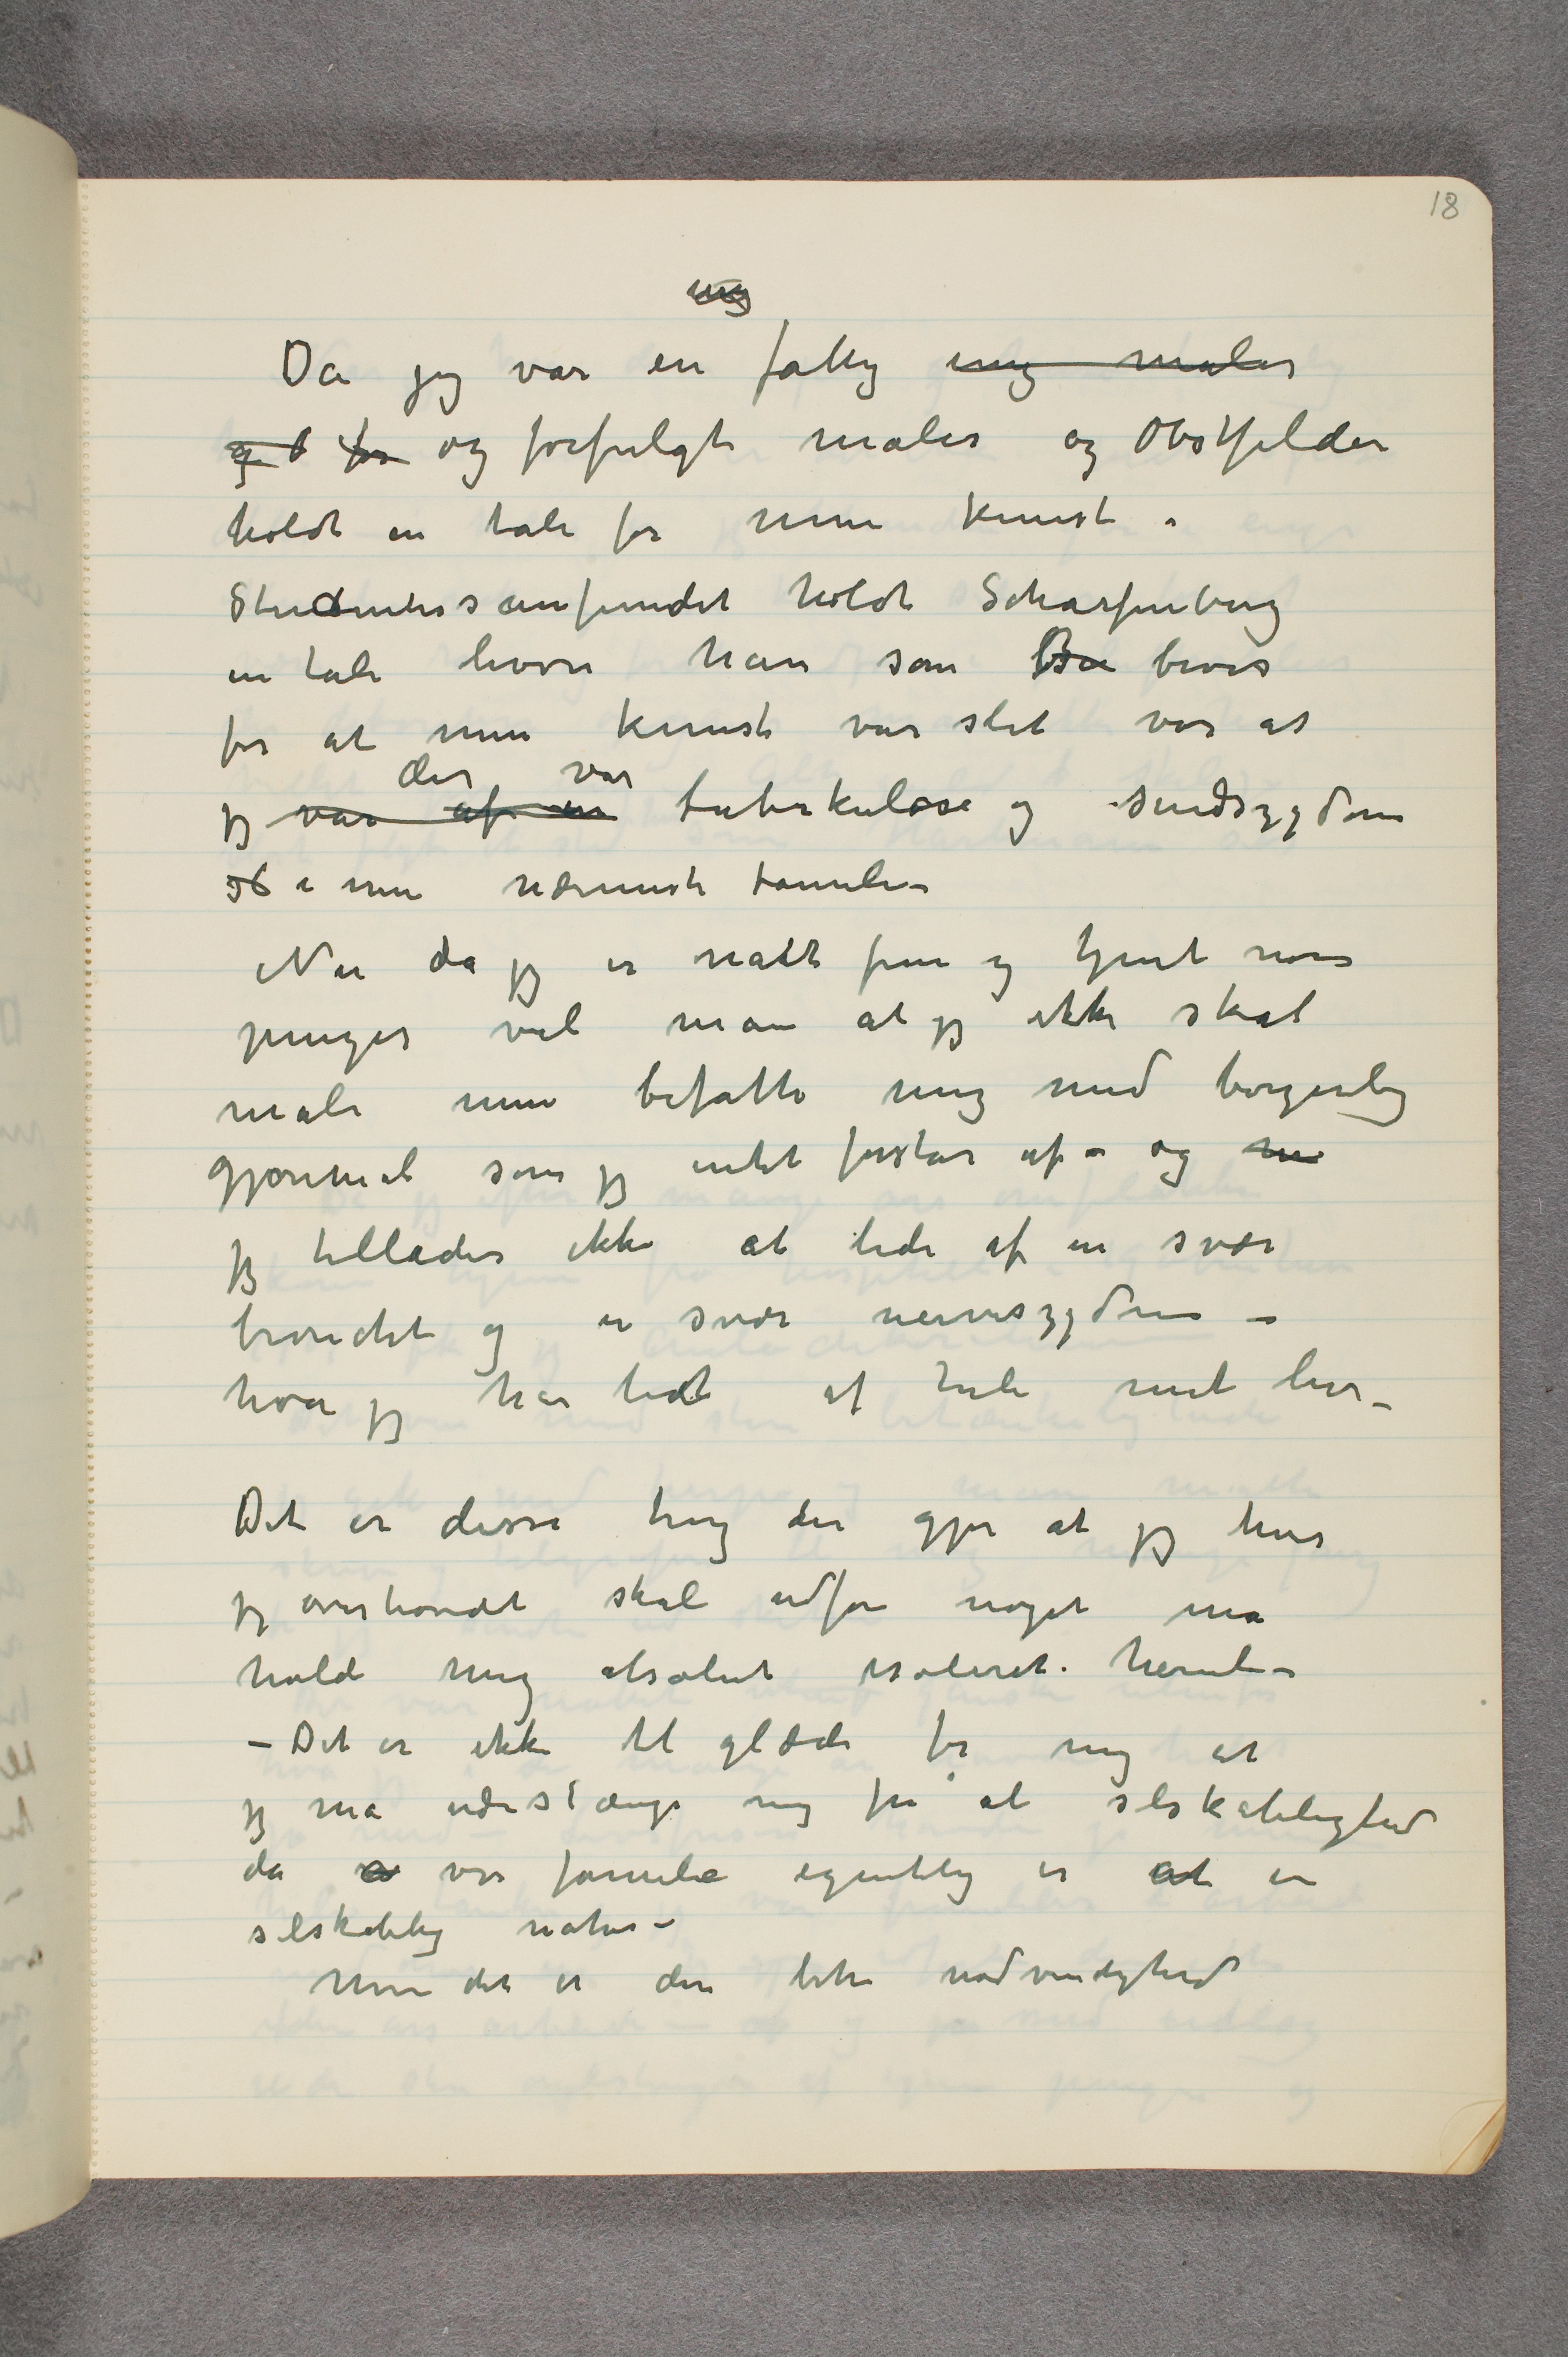
Da jeg var en ung fattig ung maler
og b for og forfulgt maler og Obstfelder
holdt en tale for min kunst i
Studentersamfundet holdt Scharfenberg
en tale hvor han som bev bevis
for at min kunst var slet var at
jeg var af ender var tuberkulose og sindssygdom
 …  i min nærmeste familie –
Nu da jeg er nået frem og tjent noen
penger vil man at jeg ikke skal
male men befatte mig med borgerlige
gjøremål som jeg intet forstår af – og mi
jeg tillades ikke at lide af en svær
bronchit og en svær nervesygdom –
hva jeg har lidt af hele mit liv –
Det er disse ting der gjør at jeg hvis
jeg overhovedet skal udføre noget må
holde mig absolut isoleret herude
– Det er ikke til glæde for mig at
jeg må udestænge mig fra al selskabelighed
da  …  vor familie egentlig er at en
selskabelig natur –
 Men det er den like nødvendighed